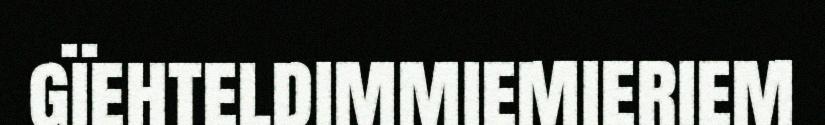
gïehteldimmiemieriem